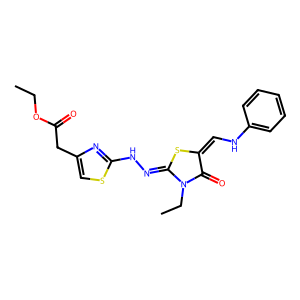
SMILES: CCOC(=O)Cc1csc(NN=C2SC(=CNc3ccccc3)C(=O)N2CC)n1
Inhibits HIV replication: No